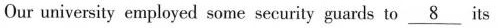
Our university employed some security guards to \underline{8} its